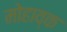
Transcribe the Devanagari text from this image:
मोहाव्क